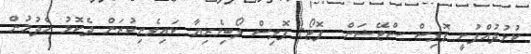
ކުޅުދުއްފުށީ ޕޮލިސް ސްޓޭޝަން  ފޮޓޯ: ޕޮލިސް ލޯބިވެރިޔާ ކައިވެނިކުރަން ދެކޮޅު ހެދުމުން